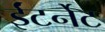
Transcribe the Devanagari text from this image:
ईंटर्नेट